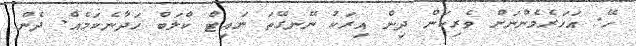
ހޭ. އަހަރެމެންނަށް ވެރިކަން ދިން އިރަކު ނޭނގޭތަ ނައިޓް ކްލަބް ހަދާނެކަމެއް. ދެން